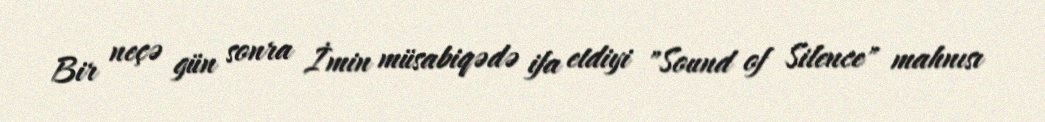
Bir neçə gün sonra İmin müsabiqədə ifa etdiyi "Sound of Silence" mahnısı